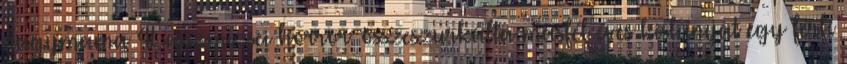
nagymama 4Lajosmizsei horror: összeszurkálta másfél éves kislányát egy férfi